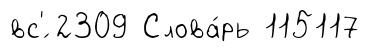
вс'́ 2309 Слова́рь 115117